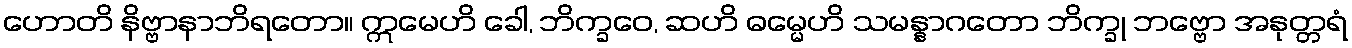
ဟောတိ နိဗ္ဗာနာဘိရတော။ ဣမေဟိ ခေါ, ဘိက္ခဝေ, ဆဟိ ဓမ္မေဟိ သမန္နာဂတော ဘိက္ခု ဘဗ္ဗော အနုတ္တရံ